Lui_Olesk, lk 24
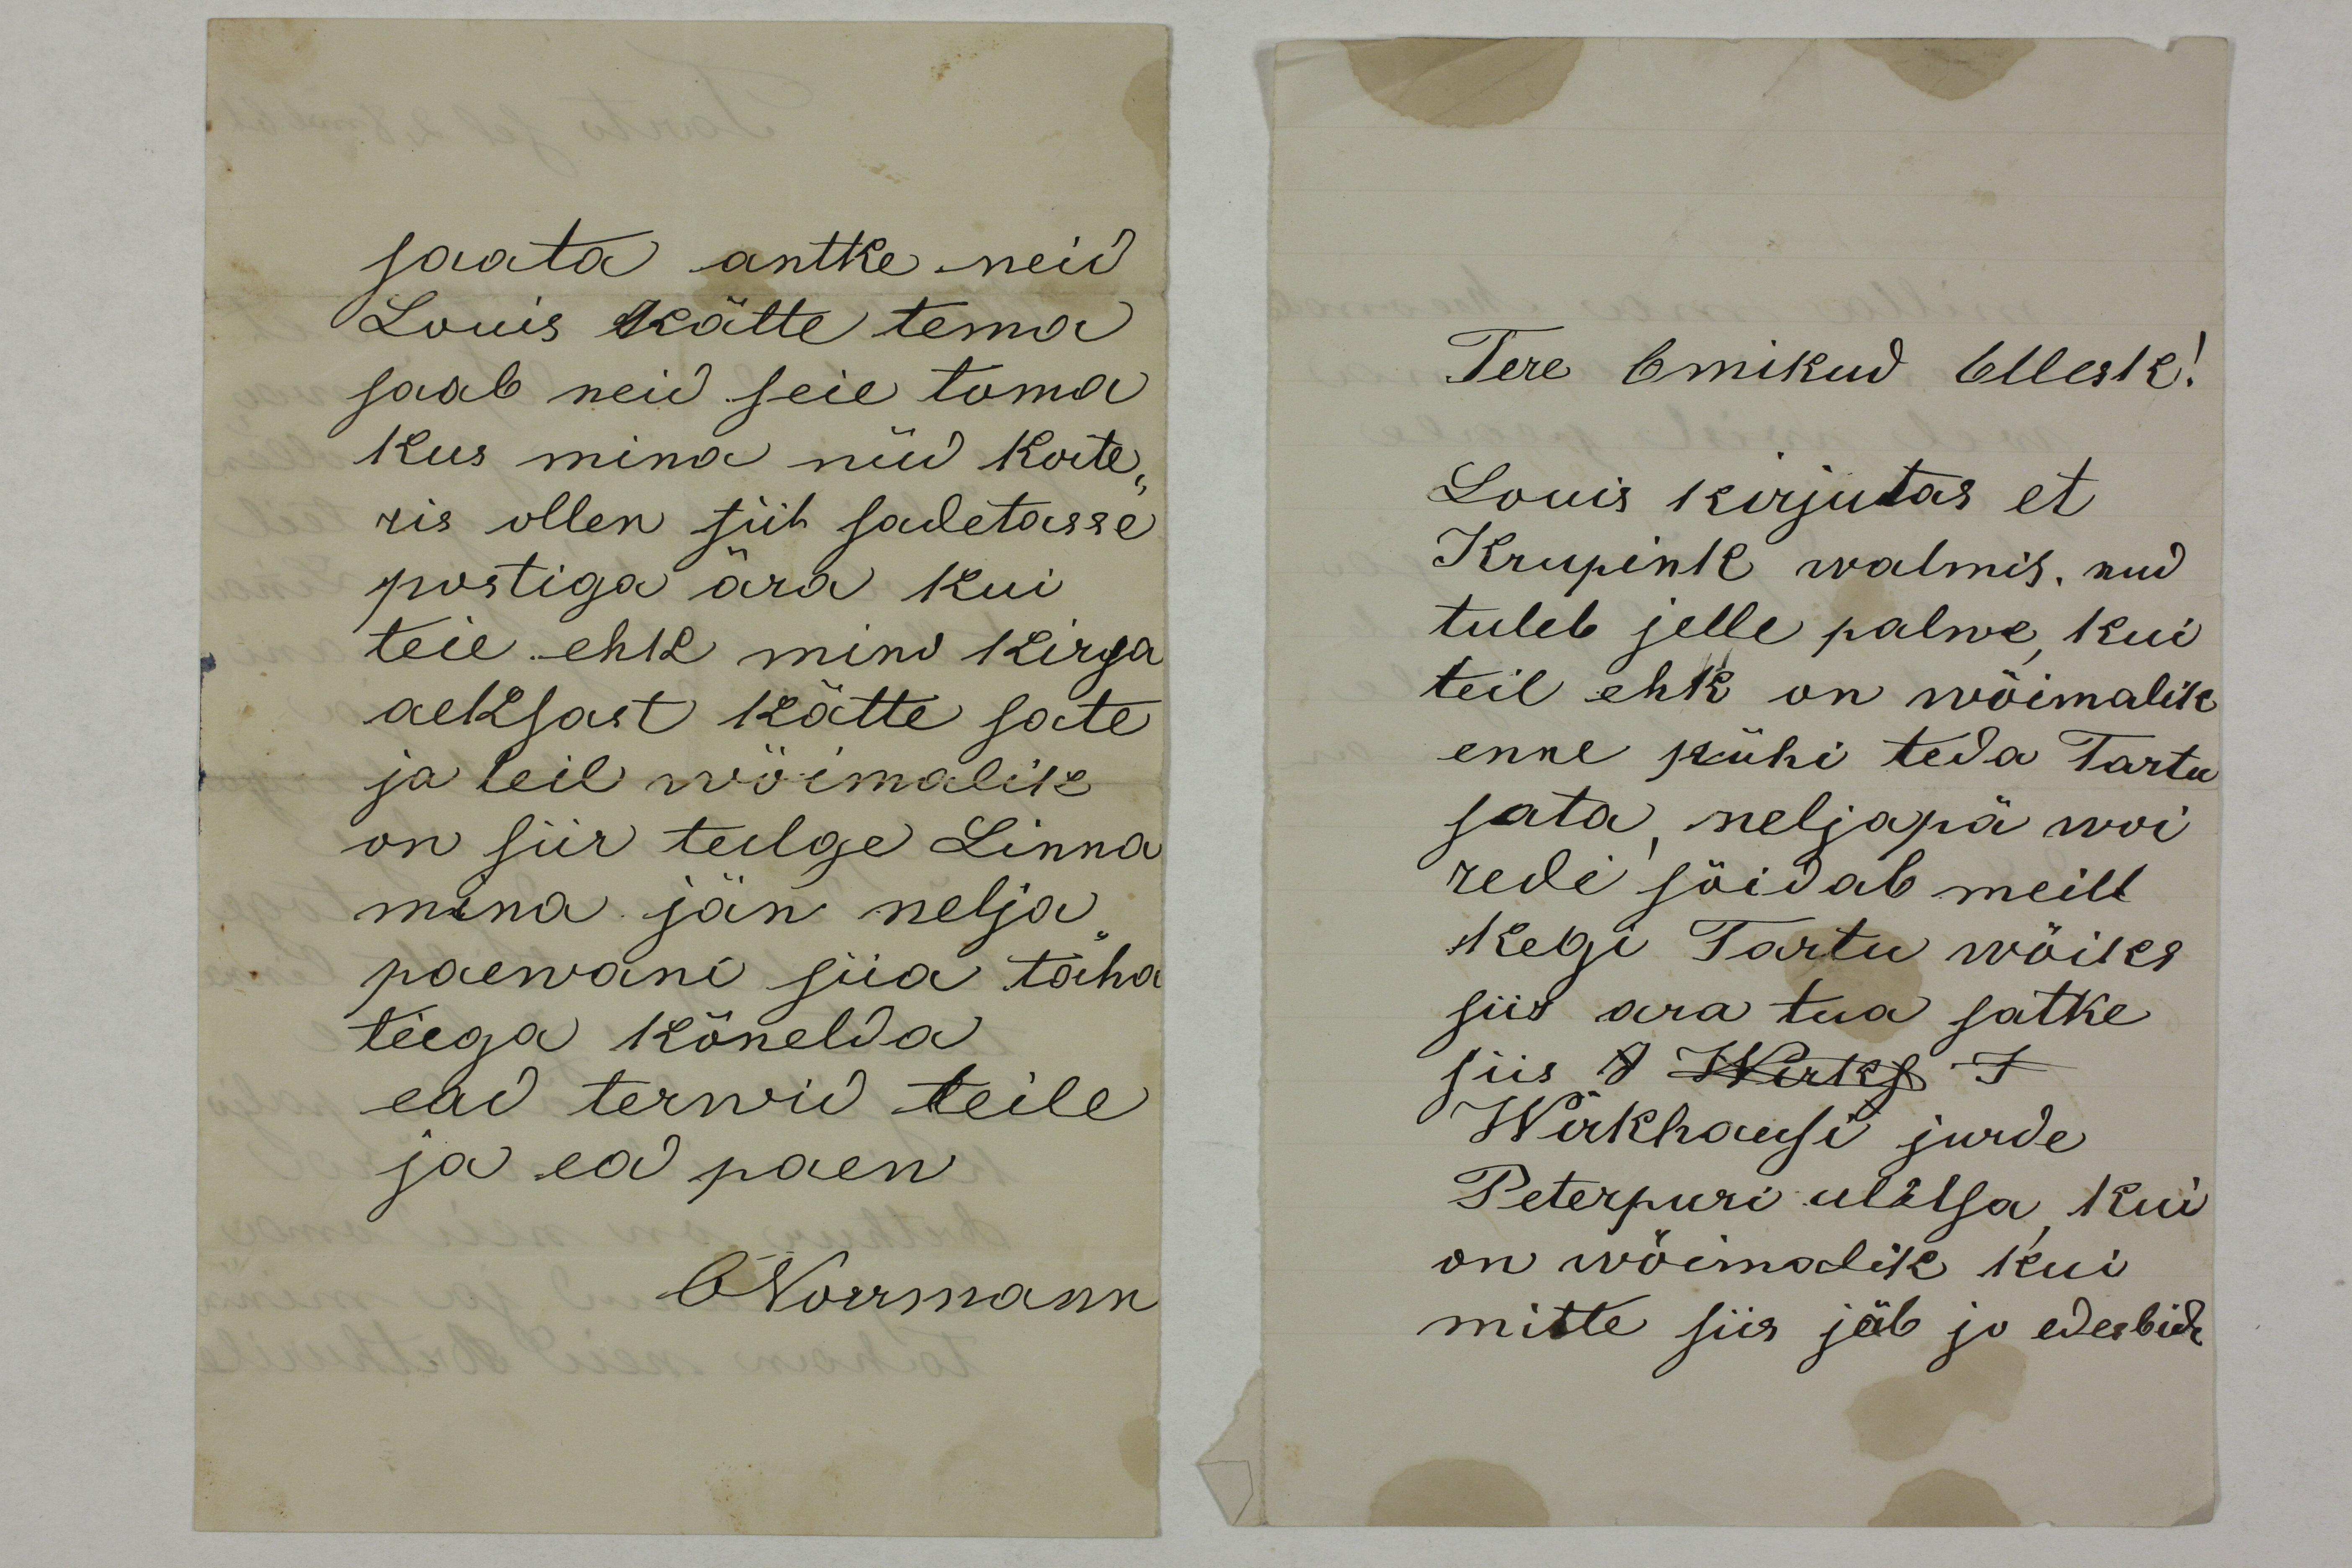
saata antke neid
Louis kätte tema
saab neid seie toma
kus mina nüd korte-
ris ollen siit sadetasse
postiga ära kui
teie ehk mino kirja
aeksast kätte sate
ja teil wöimalik
on siis tulge Linna
mina jän nelja-
paewani siia taha
teiga kõnelda
ead terwid teile 
ja ead paew
ONorrmann

Tere Omikud Ollesk!
Louis kirjutas et
Krupink walmis, nud 
tuleb selle palwe, kui
teil ehk on wõimalik
enne pühi teda Tartu
sata, neljapä woi
rede sõidab meilt
Kegi Tartu wöiks
siis ara tua satke
siis J Wirks J
Wirkhausi jurde
Peterpuri ulitsa, kui
on wõimalik kui
mitte siis jäb ju edesbidi